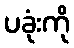
ပခုံးကို